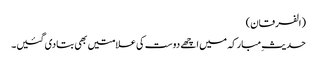
(الفرقان)
حدیثِ مبارکہ میں اچھے دوست کی علامتیں بھی بتادی گئیں۔